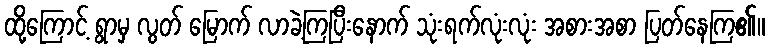
ထို့ကြောင့် ရွာမှ လွတ် မြောက် လာခဲ့ကြပြီးနောက် သုံးရက်လုံးလုံး အစားအစာ ပြတ်နေကြ၏။